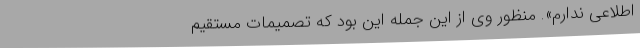
اطلاعی‌ ندارم‌». منظور وی‌ از این‌ جمله‌ این‌ بود که‌ تصمیمات‌ مستقیم‌